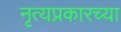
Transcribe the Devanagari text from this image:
नृत्यप्रकारच्या